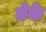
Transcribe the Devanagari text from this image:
तेके